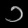
Digit: ၁